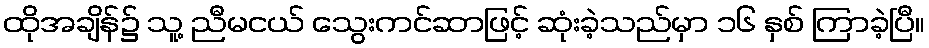
ထိုအချိန်၌ သူ့ ညီမငယ် သွေးကင်ဆာဖြင့် ဆုံးခဲ့သည်မှာ ၁၆ နှစ် ကြာခဲ့ပြီ။